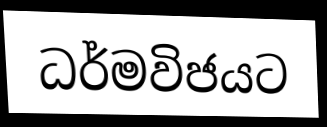
ධර්මවිජයට